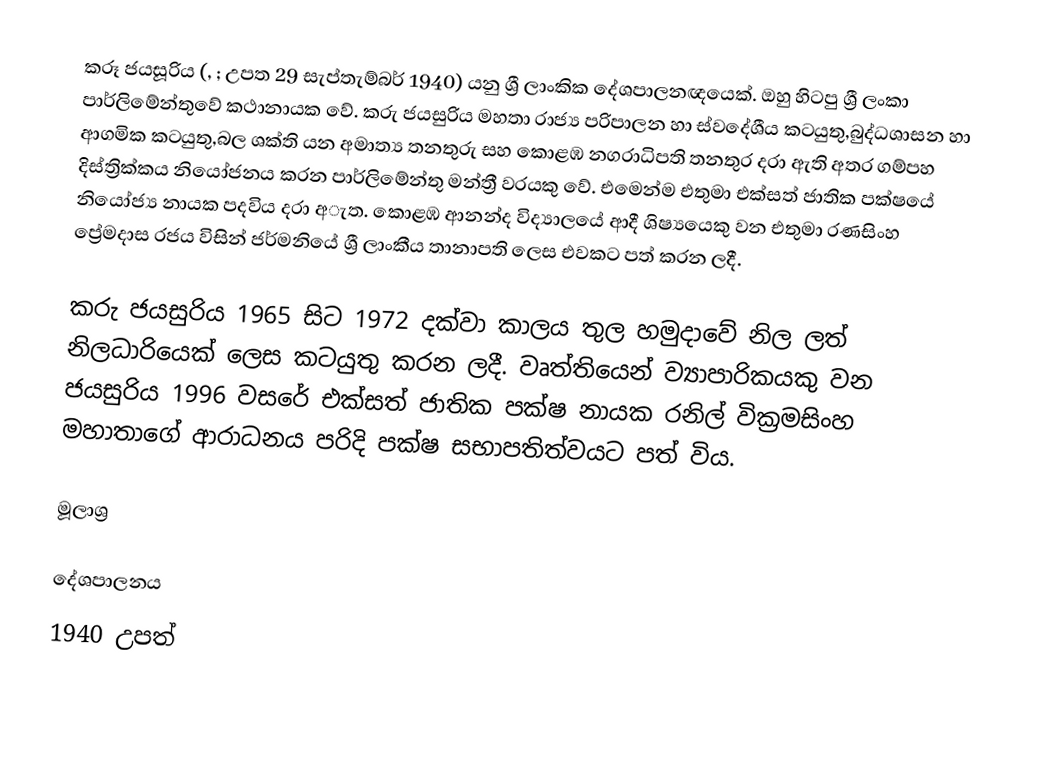
කරූ ජයසූරිය (, ; උපත 29 සැප්තැම්බර් 1940) යනු ශ්‍රී ලාංකික දේශපාලනඥයෙක්. ඔහු හිටපු ශ්‍රී ලංකා පාර්ලිමේන්තුවේ කථානායක වේ.  කරු ජයසුරිය මහතා රාජ්‍ය පරිපාලන හා ස්වදේශීය කටයුතු,බුද්ධශාසන හා ආගමික කටයුතු,බල ශක්ති යන අමාත්‍ය තනතුරු සහ කොළඹ නගරාධිපති  තනතුර දරා ඇති අතර  ගම්පහ දිස්ත්‍රික්කය නියෝජනය කරන පාර්ලිමේන්තු මන්ත්‍රී වරයකු වේ. එමෙන්ම එතුමා එක්සත් ජාතික පක්ෂයේ නියෝජ්‍ය නායක පදවිය දරා අැත. කොළඹ ආනන්ද විද්‍යාලයේ ආදී ශිෂ්‍යයෙකු වන එතුමා රණසිංහ ප්‍රේමදාස රජය විසින්  ජර්මනියේ ශ්‍රී ලාංකීය තානාපති ලෙස එවකට පත් කරන ලදී.

කරු ජයසුරිය 1965 සිට 1972 දක්වා කාලය තුල හමුදාවේ නිල ලත් නිලධාරියෙක් ලෙස කටයුතු කරන ලදී. වෘත්තියෙන් ව්‍යාපාරිකයකු වන ජයසුරිය 1996 වසරේ එක්සත් ජාතික පක්ෂ නායක රනිල් වික්‍රමසිංහ මහාතාගේ ආරාධනය පරිදි පක්ෂ සභාපතිත්වයට පත් විය.

මූලාශ්‍ර

දේශපාලනය
1940 උපත්